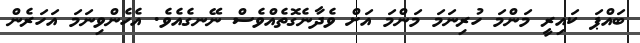
ބައްޕަ ކައިރީ މަންމަ ހުރިނަމަ މަންމަ އަށް ވެދާނެގޮތެއްވެސް ނޭނގެއެވެ. އެހެންވިނަމަ އަހަރެން